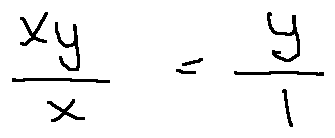
\frac { x y } { x } = \frac { y } { 1 }